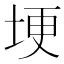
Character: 埂